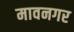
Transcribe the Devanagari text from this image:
मावनगर